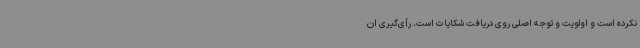
نکرده است و اولویت و توجه اصلی روی دریافت شکایات است. رأی‌گیری ان